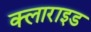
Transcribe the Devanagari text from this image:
क्लाराइड